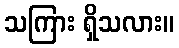
သကြား ရှိသလား။